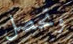
وتحصل